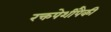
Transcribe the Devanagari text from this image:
रक्तपेशींपैकी